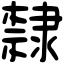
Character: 隸